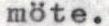
möte.